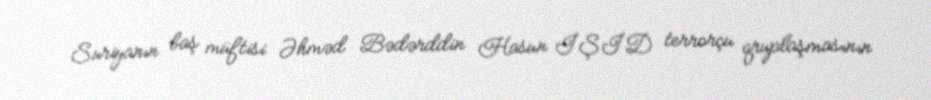
Suriyanın baş müftisi Əhməd Bədərddin Hasun İŞİD terrorçu qruplaşmasının